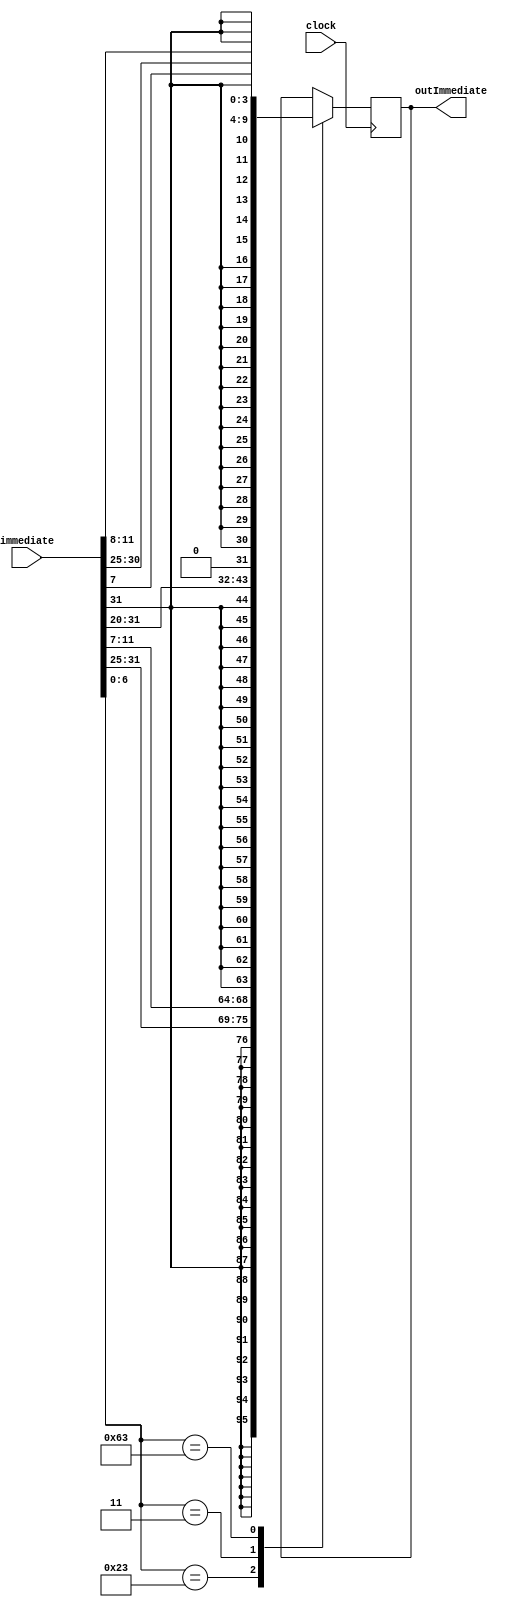
//-------------------------------------------------------
// Type: module
// Department: Ciencias da computao - UFV-Florestal
// Author's Email: joao.andrade1@ufv.br, mateus.h.figueredo@ufv.br, vitor.lacerda@ufv.br
//-------------------------------------------------------
// Release history
// Version Date            Description
// 0.1     01/07/2022      Archive creation
// 0.2     02/07/2022      Version with code
//-------------------------------------------------------
// Keywords:   immediate, generate, generator
//-------------------------------------------------------
// Purpose:    Used to amplify Immediate

module ImmediateGenerator(
    outImmediate,
    immediate,
    clock
);

    output reg[31:0] outImmediate;  // Immediate with 32 bits

    input[31:0] immediate;          // Immediate with 16 bits
    input clock;

//    reg [6:0] opcode = immediate[6:0];              // Instruction's opcode 5 bits

    // Amplify Immediate extendint with zeros for positive numbers and one for the negative numbers
    always @(posedge clock)
        begin
            case (immediate[6:0])
                7'b0100011:
                    begin
                        outImmediate <= {{21{immediate[31]}}, immediate[31:25], immediate[11:7]};                // SD Stype
                    end
                7'b0000011:
                    begin
                        outImmediate <= {{21{immediate[31]}}, immediate[31:20]};                                 // LD Itype
                    end
                7'b1100011:
                    begin
                        outImmediate <= {{20{immediate[31]}}, immediate[7], immediate[30:25], immediate[11:8]}; //branch
                    end
            endcase
        end

endmodule